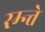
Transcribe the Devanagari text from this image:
रम्न्ते